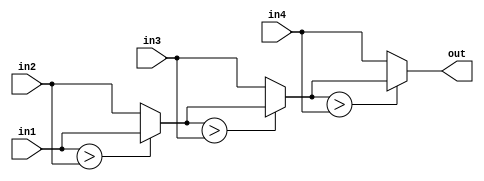
module max_pooling(input [7:0] in1, in2, in3, in4,
                   output reg [7:0] out);

  always @(*) begin
    out = in1 > in2 ? in1 : in2;
    out = out > in3 ? out : in3;
    out = out > in4 ? out : in4;
  end

endmodule